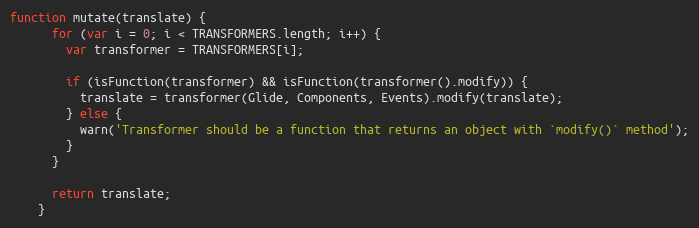
Language: JavaScript
function mutate(translate) {
      for (var i = 0; i < TRANSFORMERS.length; i++) {
        var transformer = TRANSFORMERS[i];

        if (isFunction(transformer) && isFunction(transformer().modify)) {
          translate = transformer(Glide, Components, Events).modify(translate);
        } else {
          warn('Transformer should be a function that returns an object with `modify()` method');
        }
      }

      return translate;
    }